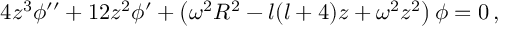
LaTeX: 4 z ^ { 3 } \phi ^ { \prime \prime } + 1 2 z ^ { 2 } \phi ^ { \prime } + \left( \omega ^ { 2 } R ^ { 2 } - l ( l + 4 ) z + \omega ^ { 2 } z ^ { 2 } \right) \phi = 0 \, ,